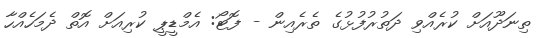
ތިނަދޫއަށް ކުރެއްވި ދަތުރުފުޅުގެ ތެރެއިން - ފޮޓޯ: އެމްޑީޕީ ކުރިއަށް އޮތް ދެމަހެއްހާ